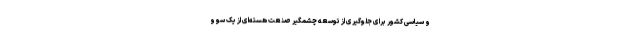
و سیاسی کشور برای جلوگیری از توسعه چشمگیر صنعت هسته‌ای از یک سو و